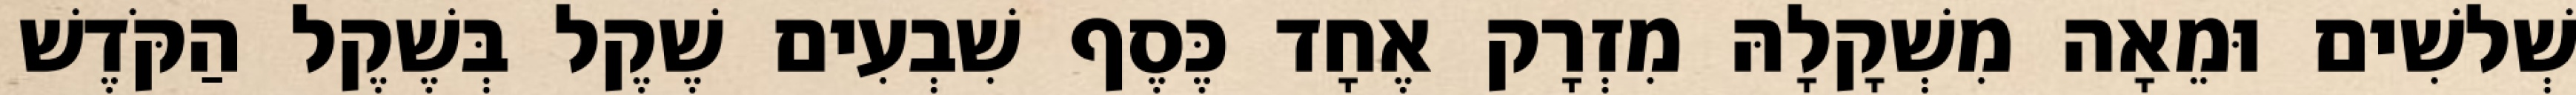
שְׁלשִׁים וּמֵאָה מִשְׁקָלָהּ מִזְרָק אֶחָד כֶּסֶף שִׁבְעִים שֶׁקֶל בְּשֶׁקֶל הַקֹּדֶשׁ